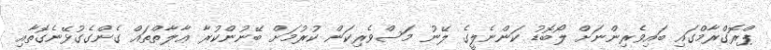
ޕްރޮގްރާމްގައި ބައިވެރިންނަށް ލޯބޮޑު ކަންނެލީގެ ލޭނު މަސްވެރިކަން ކުރުމަށް ބޭނުންކުރާ ޢާލާތްތައް ގެންގެގުޅޭނެގޮތާއި